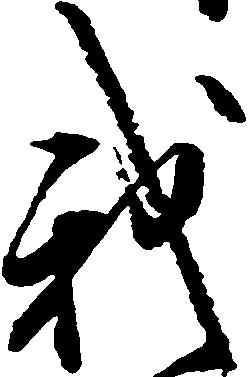
我